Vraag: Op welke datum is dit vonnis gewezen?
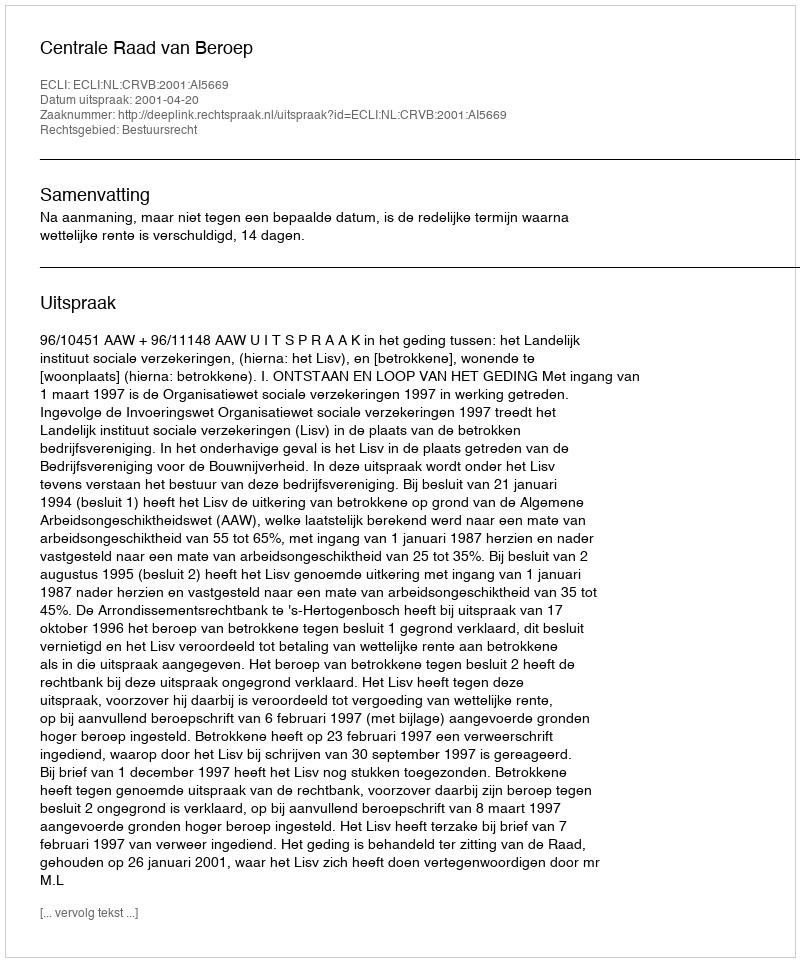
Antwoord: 2001-04-20